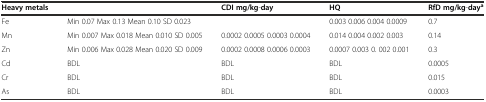
<table><thead><tr><td><b>Heavy metals</b></td><td>[EMPTY_CELL]</td><td><b>CDI mg/kg-day</b></td><td><b>HQ</b></td><td><b>RfD mg/kg-day<sup>a</sup></b></td></tr></thead><tbody><tr><td>Fe</td><td>Min 0.07 Max 0.13 Mean 0.10 SD 0.023</td><td>[EMPTY_CELL]</td><td>0.003 0.006 0.004 0.0009</td><td>0.7</td></tr><tr><td>Mn</td><td>Min 0.007 Max 0.018 Mean 0.010 SD 0.005</td><td>0.0002 0.0005 0.0003 0.0004</td><td>0.014 0.004 0.002 0.003</td><td>0.14</td></tr><tr><td>Zn</td><td>Min 0.006 Max 0.028 Mean 0.020 SD 0.009</td><td>0.0002 0.0008 0.0006 0.0003</td><td>0.0007 0.003 0. 002 0.001</td><td>0.3</td></tr><tr><td>Cd</td><td>BDL</td><td>BDL</td><td>BDL</td><td>0.0005</td></tr><tr><td>Cr</td><td>BDL</td><td>BDL</td><td>BDL</td><td>0.015</td></tr><tr><td>As</td><td>BDL</td><td>BDL</td><td>BDL</td><td>0.0003</td></tr></tbody></table>